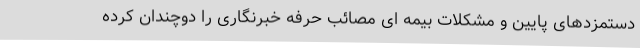
دستمزدهای پایین و مشکلات بیمه ای مصائب حرفه خبرنگاری را دوچندان کرده